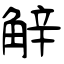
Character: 觪